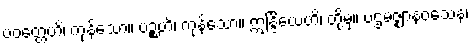
ပဝတ္တေဟိ၊ ကုန်သော။ ပဉ္စဟိ၊ ကုန်သော။ ဣန္ဒြိယေဟိ၊ တို့မှ။ ပဌမဇ္ဈာနဝသေန၊